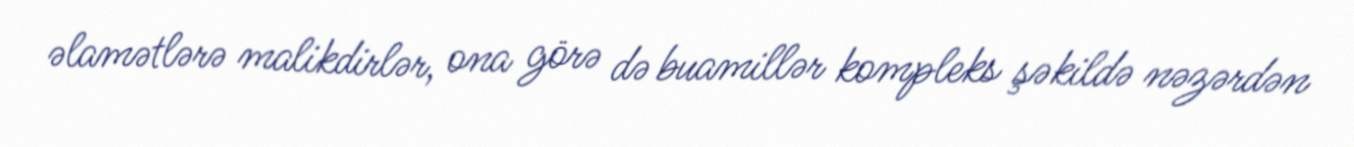
əlamətlərə malikdirlər, ona görə də buamillər kompleks şəkildə nəzərdən